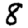
Digit: 8